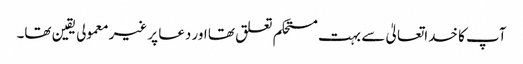
آپ کا خداتعالیٰ سے بہت مستحکم تعلق تھا اور دعا پر غیرمعمولی یقین تھا۔